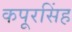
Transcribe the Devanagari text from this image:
कपूरसिंह